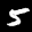
Label: 5